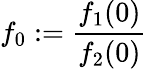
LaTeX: f_{0}:=\frac{f_{1}(0)}{f_{2}(0)}